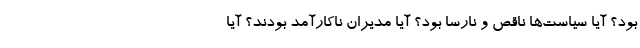
بود؟ آیا سیاست‌ها ناقص و نارسا بود؟ آیا مدیران ناکارآمد بودند؟ آیا